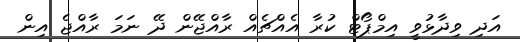
އަދި ވިދާޅުވީ އިމްޕޯޓް ކުރާ އެއްޗެއް ރާއްޖޭން ދޭ ނަމަ ރާއްޖެ އިން